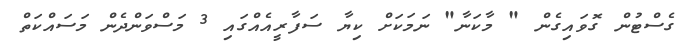
ގެސްޓުން ގޮވައިގެން " މާކަނާ" ނަމަކަށް ކިޔާ ސަފާރީއެއްގައި 3 މަސްވަންދެން މަސައްކަތް